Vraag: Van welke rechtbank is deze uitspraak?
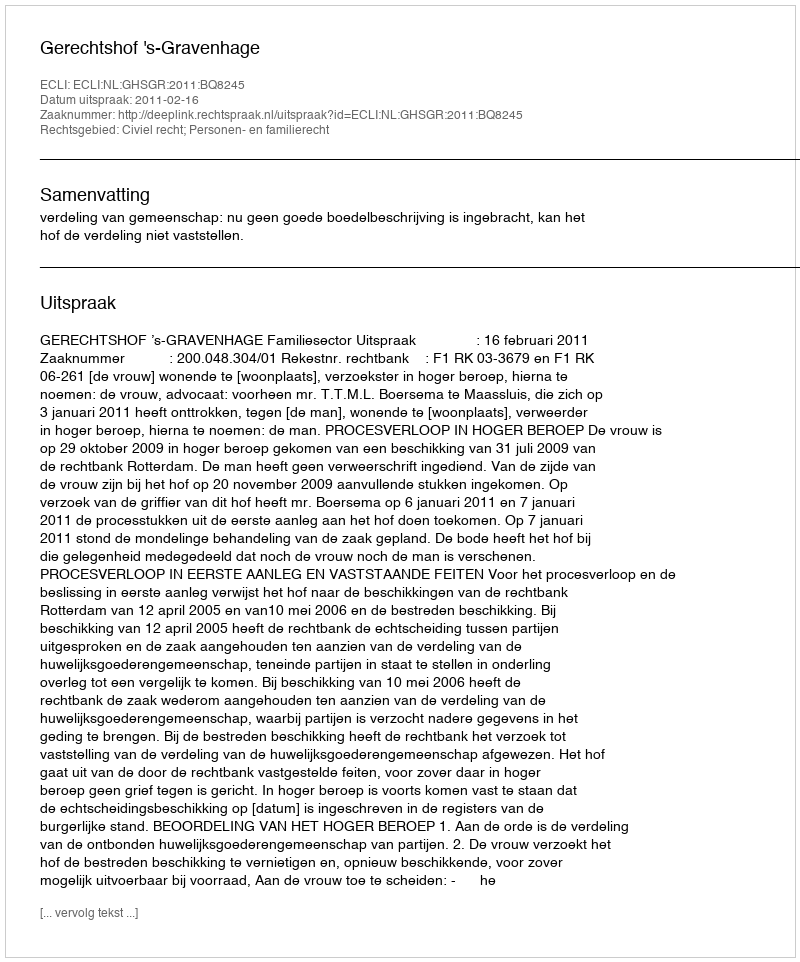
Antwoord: Gerechtshof 's-Gravenhage